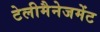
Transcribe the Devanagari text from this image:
टेलीमैनेजमेंट